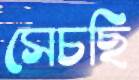
সেচছি